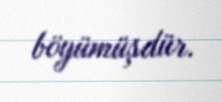
böyümüşdür.